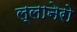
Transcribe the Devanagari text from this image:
ल्लानेरो